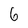
Character: 6